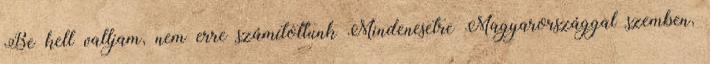
Be kell valljam, nem erre számítottunk Mindenesetre Magyarországgal szemben,